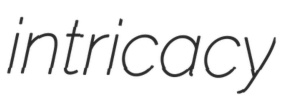
intricacy